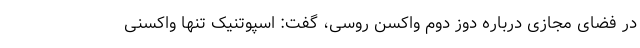
در فضای مجازی درباره دوز دوم واکسن روسی، گفت: اسپوتنیک تنها واکسنی